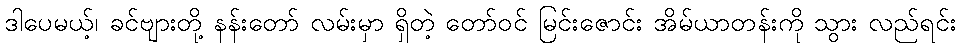
ဒါပေမယ့်၊ ခင်ဗျားတို့ နန်းတော် လမ်းမှာ ရှိတဲ့ တော်ဝင် မြင်းဇောင်း အိမ်ယာတန်းကို သွား လည်ရင်း